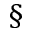
\S